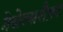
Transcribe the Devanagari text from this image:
गेसेल्सशैफ़्ट